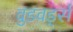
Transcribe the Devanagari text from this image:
वुडवर्ड्स